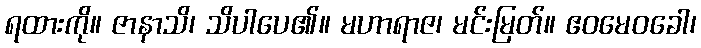
ရထားကို။ ဇာနာသိ၊ သိပါပေ၏။ မဟာရာဇ၊ မင်းမြတ်။ ဧဝမေဝခေါ၊